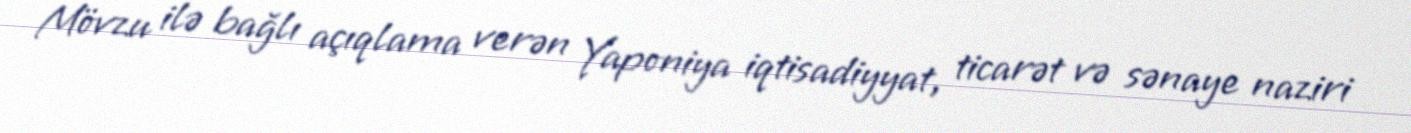
Mövzu ilə bağlı açıqlama verən Yaponiya iqtisadiyyat, ticarət və sənaye naziri